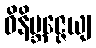
ဝိနိဗ္ဘဇ္ဇေယျ